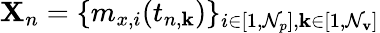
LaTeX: \mathbf{X}_{n}=\{ m_{x,i}(t_{n,\mathbf{k}})\} _{i\in[1,\mathcal{N}_{p}],\mathbf{k}\in[1,\mathcal{N}_{\mathbf{v}}]}